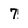
Character: 7